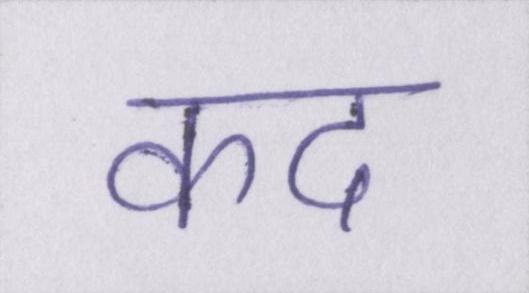
कद